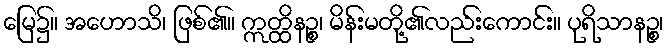
မြေ၌။ အဟောသိ၊ ဖြစ်၏။ ဣတ္ထိနဉ္စ၊ မိန်းမတို့၏လည်းကောင်း။ ပုရိသာနဉ္စ၊